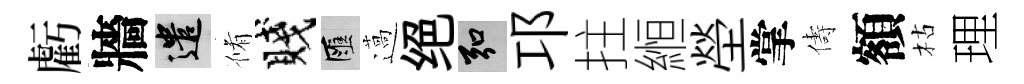
虧牆遣脩賤匯薖绝弘邛拄縆塋掌儔額枯理